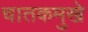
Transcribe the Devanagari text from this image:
चातकमुखे